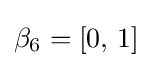
\beta _{6}=[0,\,1]